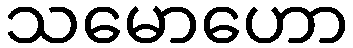
သမောဟော